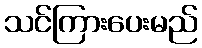
သင်ကြားပေးမည်